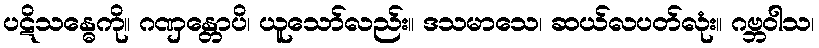
ပဋိသန္ဓေကို။ ဂဏှန္တောပိ၊ ယူသော်လည်း။ ဒသမာသေ၊ ဆယ်လပတ်လုံး။ ဂဗ္ဘဝါသ၊